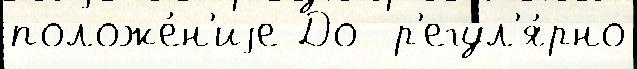
положе́н'иjе До  р'егул'я́рно